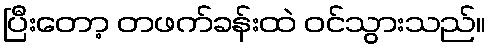
ပြီးတော့ တဖက်ခန်းထဲ ဝင်သွားသည်။